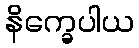
နိက္ခေပါယ